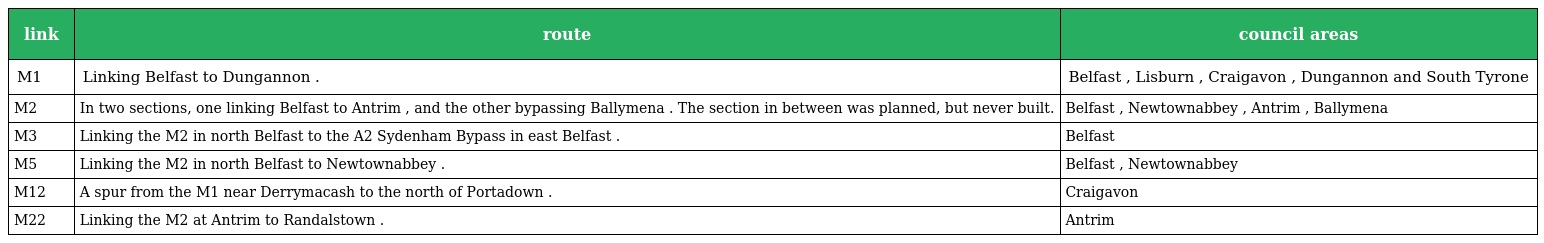
| link | route | council areas |
 | --- | --- | --- |
 | M1 | Linking Belfast to Dungannon . | Belfast , Lisburn , Craigavon , Dungannon and South Tyrone |
 | M2 | In two sections, one linking Belfast to Antrim , and the other bypassing Ballymena . The section in between was planned, but never built. | Belfast , Newtownabbey , Antrim , Ballymena |
 | M3 | Linking the M2 in north Belfast to the A2 Sydenham Bypass in east Belfast . | Belfast |
 | M5 | Linking the M2 in north Belfast to Newtownabbey . | Belfast , Newtownabbey |
 | M12 | A spur from the M1 near Derrymacash to the north of Portadown . | Craigavon |
 | M22 | Linking the M2 at Antrim to Randalstown . | Antrim |